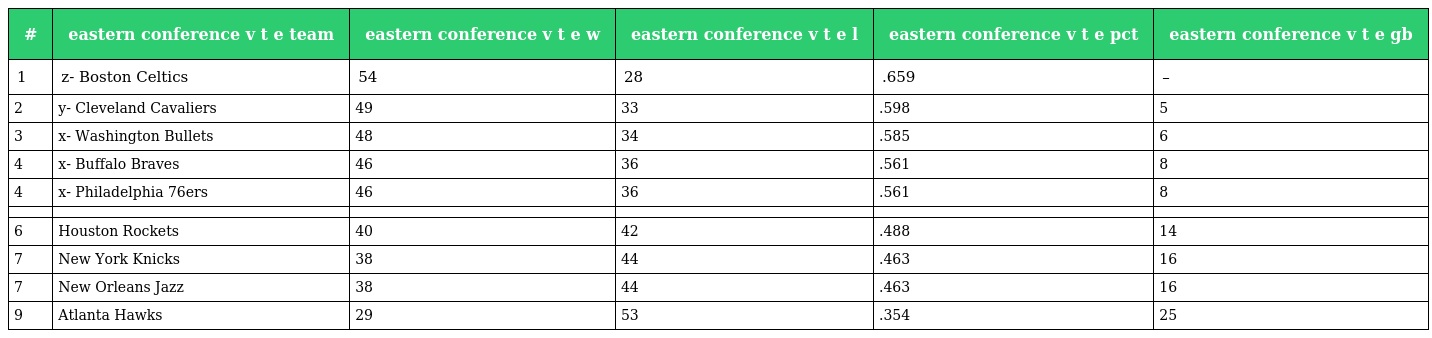
| # | eastern conference v t e team | eastern conference v t e w | eastern conference v t e l | eastern conference v t e pct | eastern conference v t e gb |
 | --- | --- | --- | --- | --- | --- |
 | 1 | z- Boston Celtics | 54 | 28 | .659 | – |
 | 2 | y- Cleveland Cavaliers | 49 | 33 | .598 | 5 |
 | 3 | x- Washington Bullets | 48 | 34 | .585 | 6 |
 | 4 | x- Buffalo Braves | 46 | 36 | .561 | 8 |
 | 4 | x- Philadelphia 76ers | 46 | 36 | .561 | 8 |
 |  |  |  |  |  |  |
 | 6 | Houston Rockets | 40 | 42 | .488 | 14 |
 | 7 | New York Knicks | 38 | 44 | .463 | 16 |
 | 7 | New Orleans Jazz | 38 | 44 | .463 | 16 |
 | 9 | Atlanta Hawks | 29 | 53 | .354 | 25 |